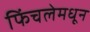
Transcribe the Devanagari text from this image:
फिंचलेमधून